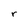
Character: r